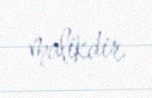
malikdir.